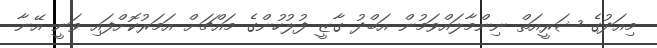
މިއަދުގެ ޝަރީއަތް ނިންމާލައްވަމުން އަބްދު ގާޒީ ފުލުހުންގެ މައްޗަށް އަމަރުކޮށްފައި ވަނީ އޭނާ